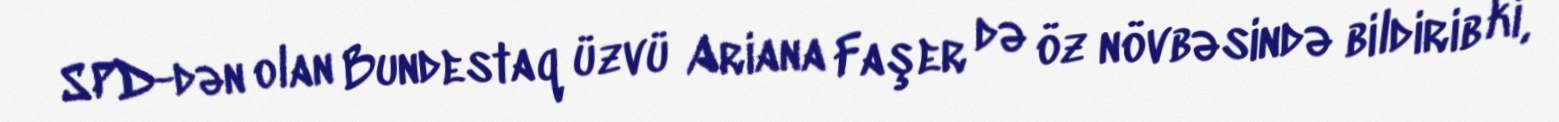
SPD-dən olan Bundestaq üzvü Ariana Faşer də öz növbəsində bildirib ki,